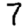
Digit: 7